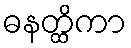
ဓနတ္ထိကာ